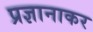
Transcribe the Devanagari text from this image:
प्रज्ञानाकर